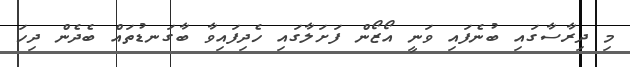
މި ދިރާސާގައި ބުނެފައި ވަނީ އޯޒޯން ފަށަލާގައި ހެދިފައިވާ ބާގަނޑުތައް ބެދެން ދިހަ